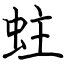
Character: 蛀